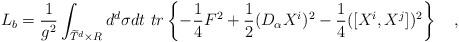
LaTeX: \begin{align*}L_b = {1\over {g^2}} \int_{\widetilde{T}^d\times R} d^d\sigma dt\ tr \left \{-{1\over4} F^2 + {1\over2} (D_\alpha X^i)^2 -{1\over4} ([X^i,X^j])^2\right \} \quad,\end{align*}